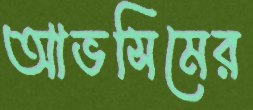
আভসিমের